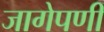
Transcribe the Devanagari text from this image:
जागेपणी